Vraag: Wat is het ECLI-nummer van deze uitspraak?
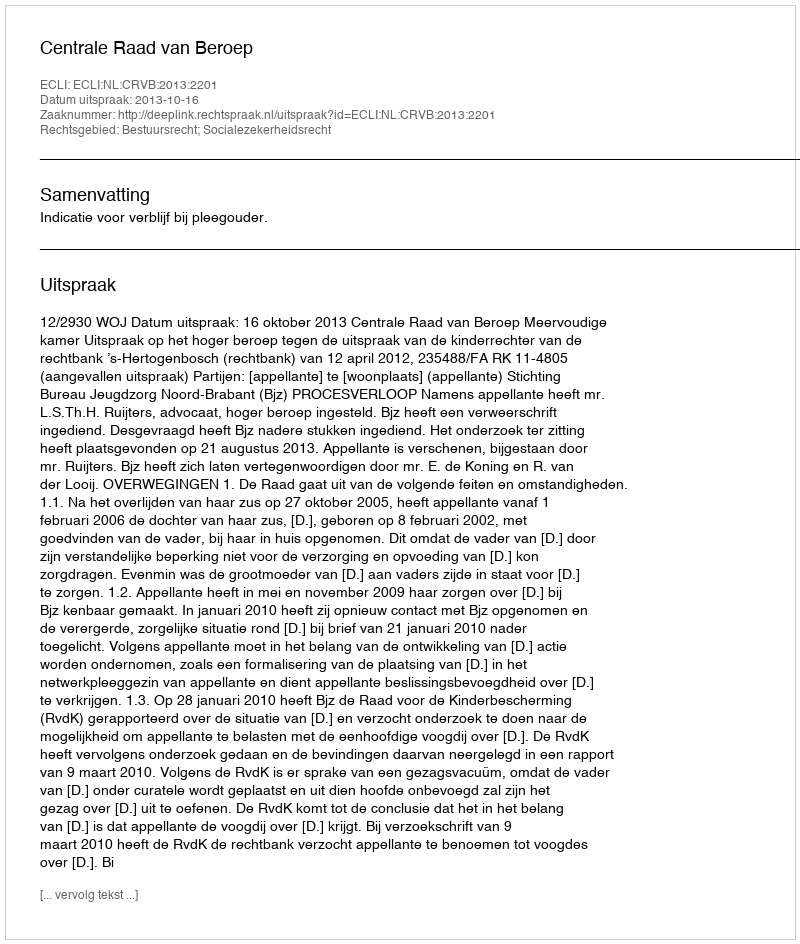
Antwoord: ECLI:NL:CRVB:2013:2201